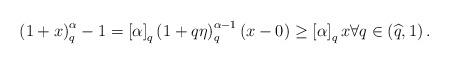
LaTeX: \begin{align*}\left(1+x\right)^\alpha_q-1=\left[ \alpha \right]_q\left( {1 +q\eta} \right)_q^{\alpha - 1} \left(x-0\right) \ge \left[ \alpha\right]_qx\forall q\in \left(\widehat{q},1\right).\end{align*}